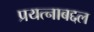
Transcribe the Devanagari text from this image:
प्रयत्नाबद्दल